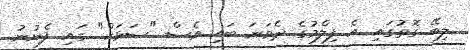
ލިބޭ ގޮތުގައި އެ ފިލްމުގެ ދެވަނަ ބައި ވެސް "ސަޅަކް" ގައި ފެނުނު